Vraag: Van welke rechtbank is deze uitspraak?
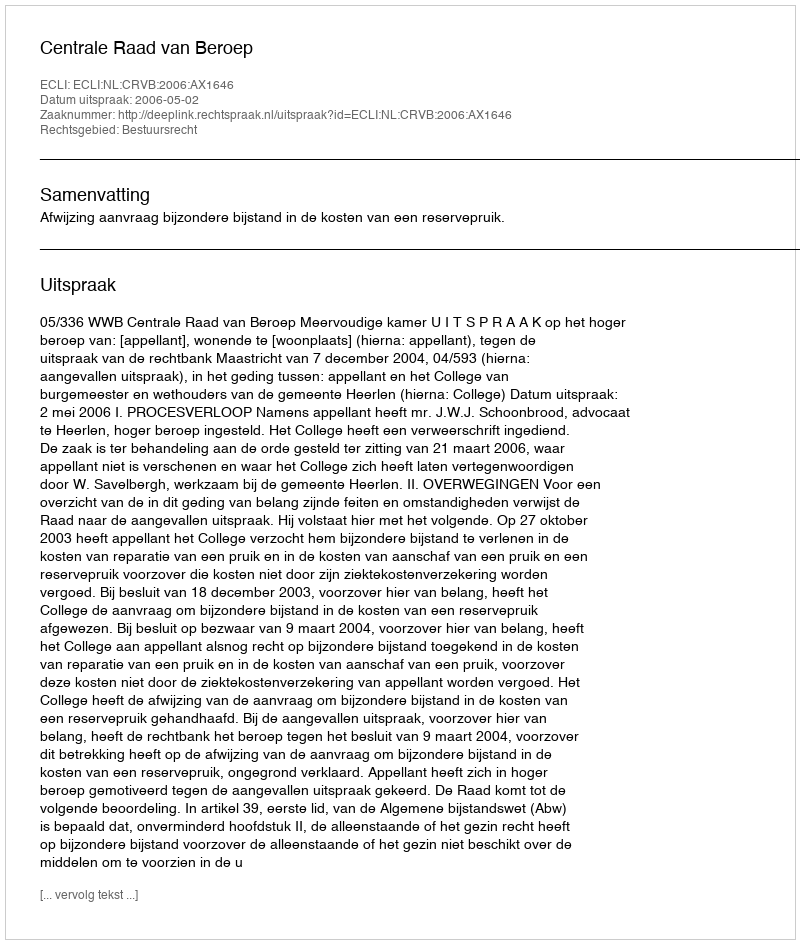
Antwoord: Centrale Raad van Beroep